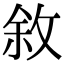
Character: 敘